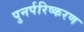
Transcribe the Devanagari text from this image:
पुनर्परिष्करण